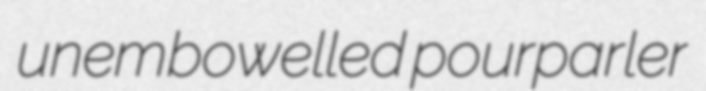
unembowelled pourparler